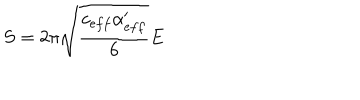
LaTeX: S = 2 \pi \sqrt { \frac { c _ { e f f } \alpha _ { e f f } ^ { \prime } } { 6 } } E